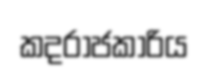
කදරාජකාරිය